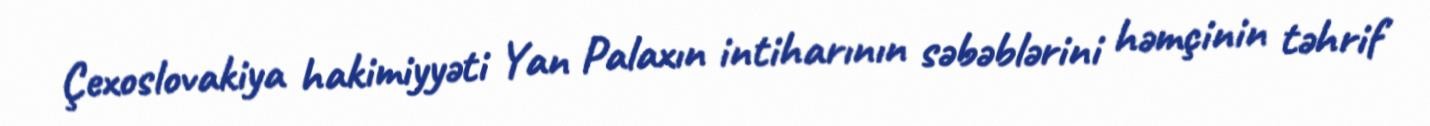
Çexoslovakiya hakimiyyəti Yan Palaxın intiharının səbəblərini həmçinin təhrif